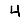
Digit: 4